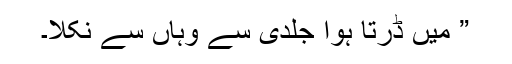
” میں ڈرتا ہوا جلدی سے وہاں سے نکلا۔